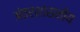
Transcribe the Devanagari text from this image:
अंतरशासनीय